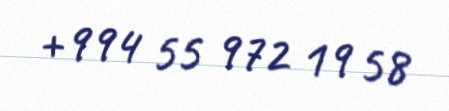
+994 55 972 19 58